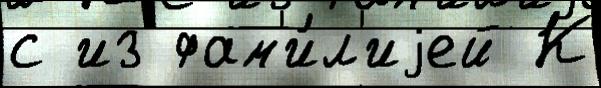
с из фам'и́л'иjей К